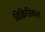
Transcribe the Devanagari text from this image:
विक्रितिकल